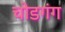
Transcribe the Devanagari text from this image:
चोडगंग